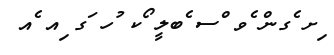
ިށ ެގން ެވ ްސ ެބލީ ޯކ ުހ ަގ ިއ ެއ